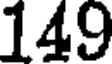
149